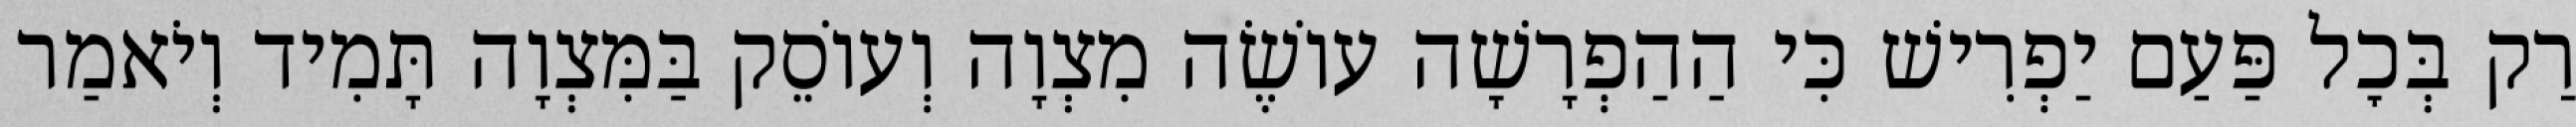
רַק בְּכׇל פַּעַם יַפְרִישׁ כִּי הַהַפְרָשָׁה עוֹשֶׂה מִצְוָה וְעוֹסֵק בַּמִּצְוָה תָּמִיד וְיֹאמַר